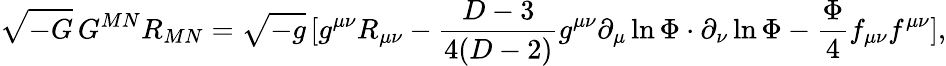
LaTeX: \sqrt{-G}\, G^{MN}R_{MN}=\sqrt{-g}\, [g^{\mu\nu}R_{\mu\nu}-\frac{D-3}{4(D-2)}g^{\mu\nu}\partial_{\mu}\ln\Phi\cdot\partial_{\nu}\ln\Phi-\frac{\Phi}{4}f_{\mu\nu}f^{\mu\nu}],